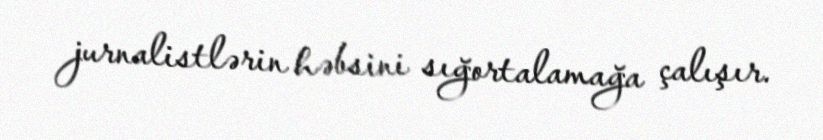
jurnalistlərin həbsini sığortalamağa çalışır.